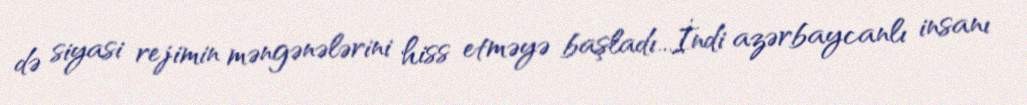
də siyasi rejimin məngənələrini hiss etməyə başladı...İndi azərbaycanlı insanı